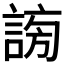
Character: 𧩂